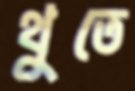
থুতে